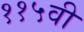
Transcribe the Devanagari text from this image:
११५वी